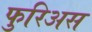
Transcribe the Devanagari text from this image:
फुरिअस